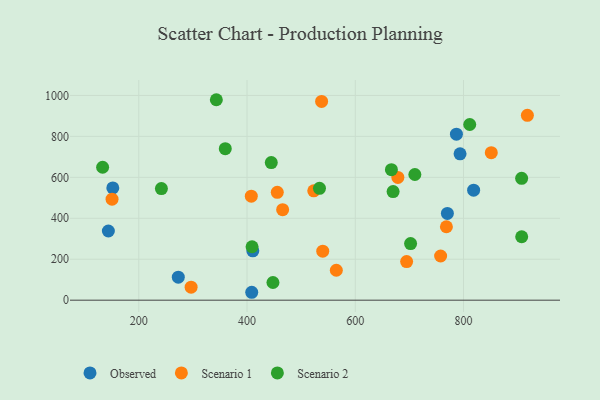
{"axis": {"x": "Engine Size", "y": "Demand"}, "legend": ["Observed", "Scenario 1", "Scenario 2"], "data": [{"x": "770.2", "y": 423.6, "type": "Observed"}, {"x": "793.6", "y": 714.7, "type": "Observed"}, {"x": "408.7", "y": 38.6, "type": "Observed"}, {"x": "152.0", "y": 548.3, "type": "Observed"}, {"x": "410.7", "y": 241.0, "type": "Observed"}, {"x": "786.9", "y": 810.6, "type": "Observed"}, {"x": "143.8", "y": 337.9, "type": "Observed"}, {"x": "818.7", "y": 537.1, "type": "Observed"}, {"x": "273.0", "y": 112.5, "type": "Observed"}, {"x": "150.6", "y": 493.4, "type": "Scenario 1"}, {"x": "768.4", "y": 358.7, "type": "Scenario 1"}, {"x": "537.8", "y": 970.6, "type": "Scenario 1"}, {"x": "523.3", "y": 534.3, "type": "Scenario 1"}, {"x": "678.7", "y": 599.7, "type": "Scenario 1"}, {"x": "918.0", "y": 902.9, "type": "Scenario 1"}, {"x": "694.9", "y": 188.7, "type": "Scenario 1"}, {"x": "851.3", "y": 720.3, "type": "Scenario 1"}, {"x": "757.7", "y": 215.9, "type": "Scenario 1"}, {"x": "296.7", "y": 63.3, "type": "Scenario 1"}, {"x": "455.9", "y": 526.6, "type": "Scenario 1"}, {"x": "565.0", "y": 146.3, "type": "Scenario 1"}, {"x": "539.9", "y": 239.2, "type": "Scenario 1"}, {"x": "465.8", "y": 441.9, "type": "Scenario 1"}, {"x": "407.9", "y": 507.9, "type": "Scenario 1"}, {"x": "533.9", "y": 546.5, "type": "Scenario 2"}, {"x": "666.8", "y": 637.5, "type": "Scenario 2"}, {"x": "359.8", "y": 739.8, "type": "Scenario 2"}, {"x": "710.1", "y": 613.9, "type": "Scenario 2"}, {"x": "907.5", "y": 309.8, "type": "Scenario 2"}, {"x": "702.2", "y": 276.3, "type": "Scenario 2"}, {"x": "409.3", "y": 261.0, "type": "Scenario 2"}, {"x": "444.8", "y": 672.0, "type": "Scenario 2"}, {"x": "241.8", "y": 544.9, "type": "Scenario 2"}, {"x": "447.9", "y": 86.3, "type": "Scenario 2"}, {"x": "343.3", "y": 979.1, "type": "Scenario 2"}, {"x": "133.2", "y": 649.2, "type": "Scenario 2"}, {"x": "669.9", "y": 530.4, "type": "Scenario 2"}, {"x": "811.5", "y": 858.0, "type": "Scenario 2"}, {"x": "907.4", "y": 595.0, "type": "Scenario 2"}]}